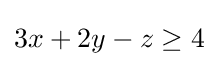
3x+2y-z\geq 4